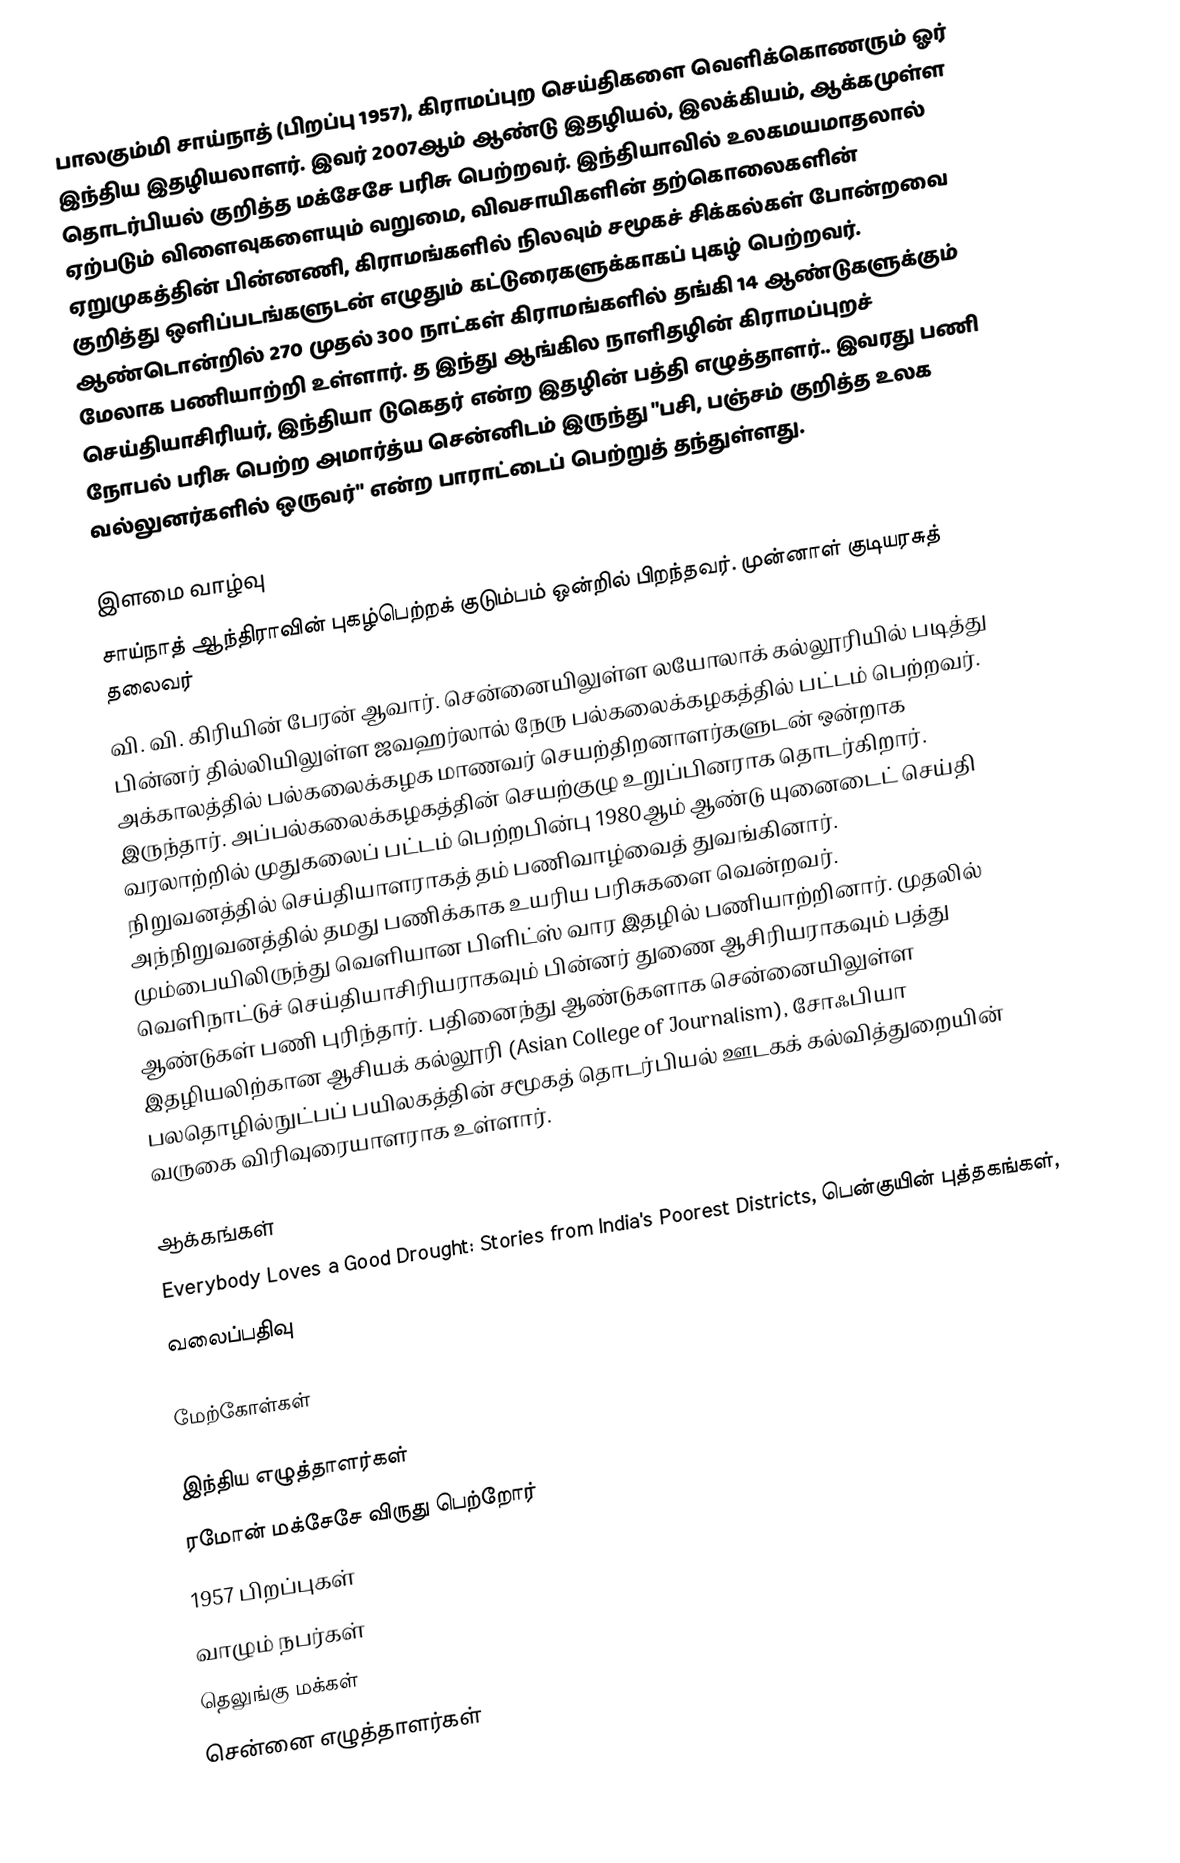
பாலகும்மி சாய்நாத்  (பிறப்பு 1957), கிராமப்புற செய்திகளை வெளிக்கொணரும் ஓர் இந்திய இதழியலாளர். இவர் 2007ஆம் ஆண்டு இதழியல், இலக்கியம், ஆக்கமுள்ள தொடர்பியல் குறித்த மக்சேசே பரிசு பெற்றவர். இந்தியாவில் உலகமயமாதலால் ஏற்படும் விளைவுகளையும் வறுமை, விவசாயிகளின் தற்கொலைகளின் ஏறுமுகத்தின் பின்னணி, கிராமங்களில் நிலவும் சமூகச் சிக்கல்கள் போன்றவை குறித்து ஒளிப்படங்களுடன் எழுதும் கட்டுரைகளுக்காகப் புகழ் பெற்றவர். ஆண்டொன்றில் 270 முதல் 300 நாட்கள் கிராமங்களில் தங்கி 14 ஆண்டுகளுக்கும் மேலாக பணியாற்றி உள்ளார். த இந்து ஆங்கில நாளிதழின் கிராமப்புறச் செய்தியாசிரியர்,  இந்தியா டுகெதர் என்ற இதழின் பத்தி எழுத்தாளர்.. இவரது பணி நோபல் பரிசு பெற்ற அமார்த்ய சென்னிடம் இருந்து "பசி,  பஞ்சம் குறித்த உலக வல்லுனர்களில் ஒருவர்" என்ற பாராட்டைப் பெற்றுத் தந்துள்ளது.

இளமை வாழ்வு
சாய்நாத் ஆந்திராவின் புகழ்பெற்றக் குடும்பம் ஒன்றில் பிறந்தவர். முன்னாள் குடியரசுத் தலைவர்
வி. வி. கிரியின் பேரன் ஆவார். சென்னையிலுள்ள லயோலாக் கல்லூரியில் படித்து பின்னர் தில்லியிலுள்ள ஜவஹர்லால் நேரு பல்கலைக்கழகத்தில் பட்டம் பெற்றவர். அக்காலத்தில் பல்கலைக்கழக மாணவர் செயற்திறனாளர்களுடன் ஒன்றாக இருந்தார். அப்பல்கலைக்கழகத்தின் செயற்குழு உறுப்பினராக தொடர்கிறார். வரலாற்றில் முதுகலைப் பட்டம் பெற்றபின்பு 1980ஆம் ஆண்டு யுனைடைட் செய்தி நிறுவனத்தில் செய்தியாளராகத் தம் பணிவாழ்வைத் துவங்கினார். அந்நிறுவனத்தில் தமது பணிக்காக உயரிய பரிசுகளை வென்றவர். மும்பையிலிருந்து வெளியான பிளிட்ஸ் வார இதழில் பணியாற்றினார். முதலில் வெளிநாட்டுச் செய்தியாசிரியராகவும் பின்னர் துணை ஆசிரியராகவும் பத்து ஆண்டுகள் பணி புரிந்தார். பதினைந்து ஆண்டுகளாக சென்னையிலுள்ள இதழியலிற்கான ஆசியக் கல்லூரி (Asian College of  Journalism), சோஃபியா பலதொழில்நுட்பப் பயிலகத்தின் சமூகத் தொடர்பியல் ஊடகக் கல்வித்துறையின் வருகை விரிவுரையாளராக உள்ளார்.

ஆக்கங்கள்
 Everybody Loves a Good Drought: Stories from  India's Poorest Districts, பென்குயின் புத்தகங்கள்,
   வலைப்பதிவு

மேற்கோள்கள்

இந்திய எழுத்தாளர்கள்
ரமோன் மக்சேசே விருது பெற்றோர்
1957 பிறப்புகள்
வாழும் நபர்கள்
தெலுங்கு மக்கள்
சென்னை எழுத்தாளர்கள்